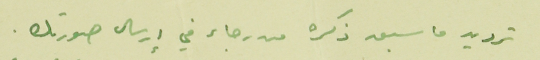
ترديد ما سبق ذكره من رجاء في إرسال صورتك.